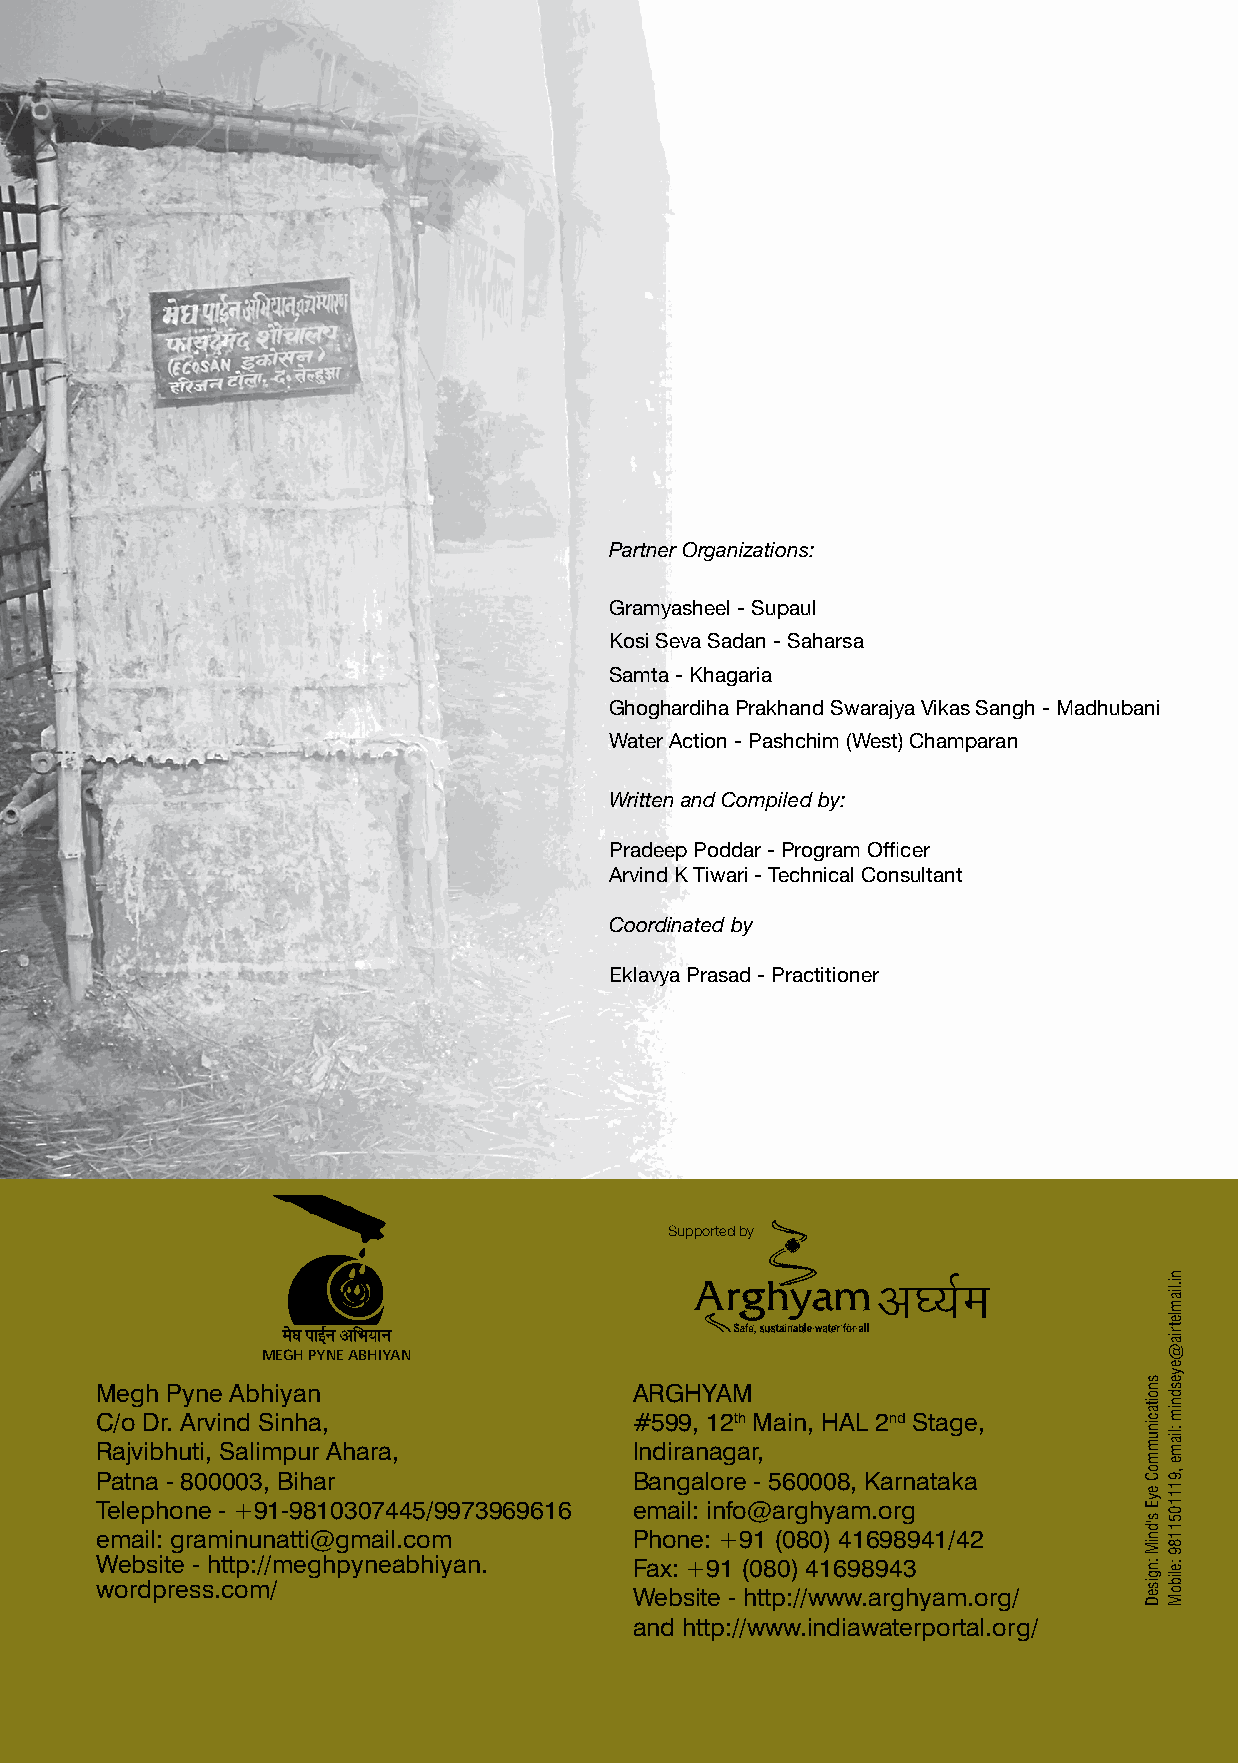
Partner Organizations:
 Gramyasheel - Supaul
 Kosi Seva Sadan - Saharsa
 Samta - Khagaria
 Ghoghardiha Prakhand Swarajya Vikas Sangh - Madhubani
 Water Action - Pashchim (West) Champaran
 Written and Compiled by:
 Pradeep Poddar - Program Officer
 Arvind K Tiwari - Technical Consultant
 Coordinated by
 Eklavya Prasad - Practitioner
 Supported by
 v?;Ze
 MEGH PYNE ABHIYAN
 Megh Pyne Abhiyan                   ARGHYAM
 C/o Dr. Arvind Sinha,               #599, 12th Main, HAL 2nd Stage,
 Rajvibhuti, Salimpur Ahara,         Indiranagar,
 Patna - 800003, Bihar               Bangalore - 560008, Karnataka
 Telephone - +91-9810307445/9973969616 email: info@arghyam.org
 email: graminunatti@gmail.com       Phone: +91 (080) 41698941/42
 Website - http://meghpyneabhiyan.   Fax: +91 (080) 41698943
 wordpress.com/
 Website - http://www.arghyam.org/
 and http://www.indiawaterportal.org/
 40
 snoitacinummoC
 eyE
 s'dniM
 :ngiseD
 ni.liamletria@eyesdnim
 :liame
 ,9111051189
 :eliboM